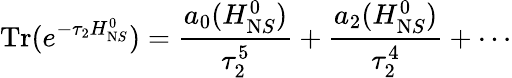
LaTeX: \mathrm{Tr}(e^{-\tau_{2}H_{\mathrm NS}^{0}})=\frac{a_{0}(H_{\mathrm NS}^{0})}{\tau_{2}^{5}}+\frac{a_{2}(H_{\mathrm NS}^{0})}{\tau_{2}^{4}}+\cdots